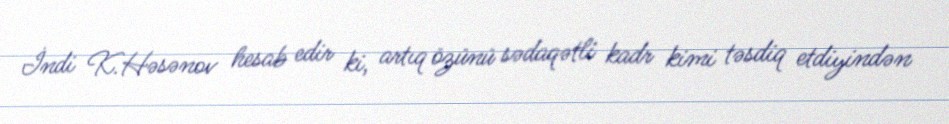
İndi K.Həsənov hesab edir ki, artıq özünü sədaqətli kadr kimi təsdiq etdiyindən